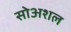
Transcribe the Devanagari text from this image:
सोअशल